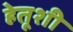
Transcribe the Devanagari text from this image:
हेतूशी